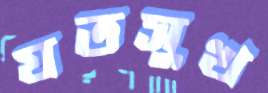
যতসুখ